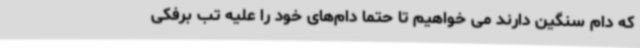
که دام سنگین دارند می خواهیم تا حتما دام‌های خود را علیه تب برفکی